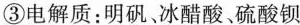
③电解质：明矾、冰醋酸、硫酸钡